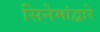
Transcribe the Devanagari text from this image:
सिनेमांद्वारे